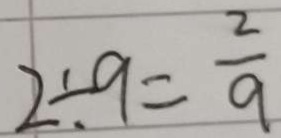
2 \div 9 = \frac { 2 } { 9 }